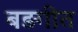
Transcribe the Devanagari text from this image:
बड़गीत